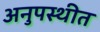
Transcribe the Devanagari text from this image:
अनुपस्थीत